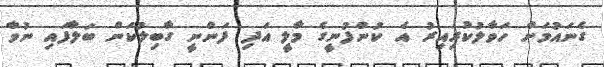
ގެނައުމަށް ހަވާލުކުރިއިރު އެ ކުންފުނީގެ މާލީ އަދި ފަންނީ ގާބިލުކަން ބަލާފައި ނުވާ